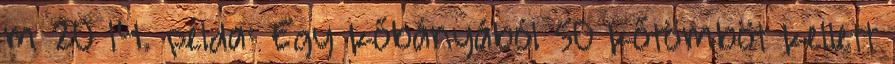
m 20 14. példa: Egy kőbányából 50 kőtömböt kellett